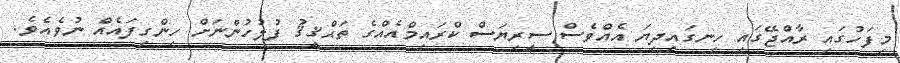
މިފަހުގައި ރާއްޖޭގައި ހިނގައިދިޔަ އެއްވެސް ސީރިޔަސް ކްރައިމްއެއްގެ ތަޙްޤީޤު ފުލުހުންނަށް ހިންގިފައެއް ނުވެއެވެ.